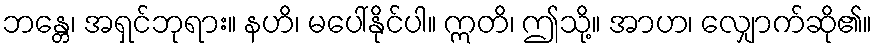
ဘန္တေ၊ အရှင်ဘုရား။ နဟိ၊ မပေါ်နိုင်ပါ။ ဣတိ၊ ဤသို့။ အာဟ၊ လျှောက်ဆို၏။